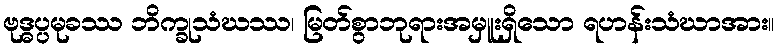
ဗုဒ္ဓပ္ပမုခဿ ဘိက္ခုသံဃဿ၊ မြတ်စွာဘုရားအမှူးရှိသော ရဟန်းသံဃာအား။